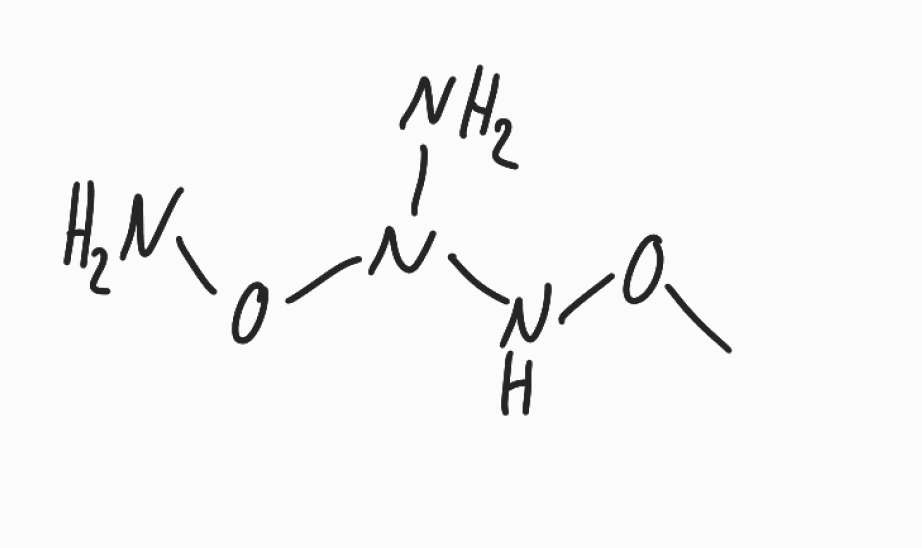
Simplified molecular-input line-entry system (SMILES) notation of the given molecule:
CONN(N)ON